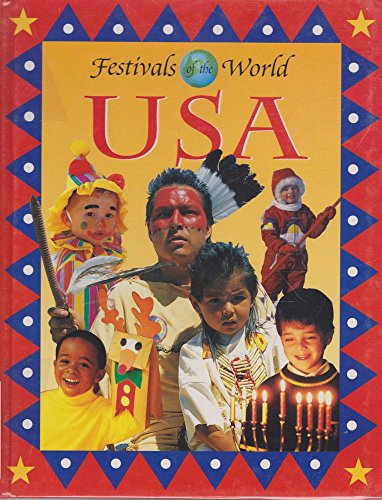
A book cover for Festivals Of The World: USA; Elizabeth Berg; Children's Books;